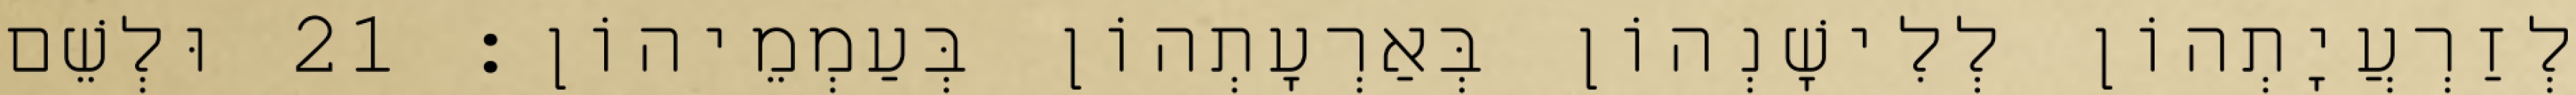
לְזַרְעֲיָתְהוֹן לְלִישָׁנְהוֹן בְּאַרְעָתְהוֹן בְּעַמְמֵיהוֹן׃ 21 וּלְשֵׁם